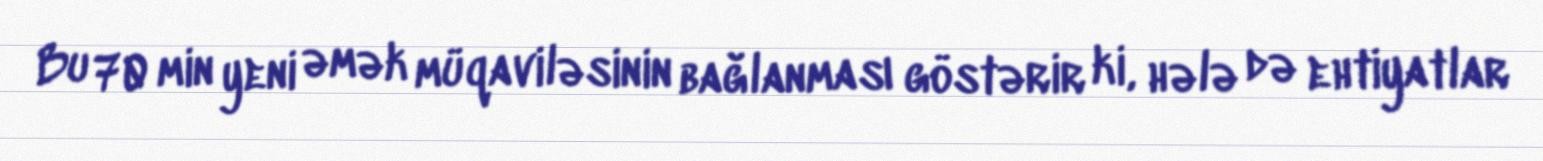
Bu 70 min yeni əmək müqaviləsinin bağlanması göstərir ki, hələ də ehtiyatlar